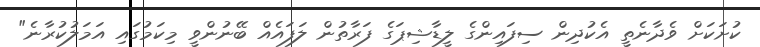
ކުށަކަށް ވެދާނެތީ އެކުދިން ސިފައިންގެ ލީޑާޝިޕަގެ ފަރާތުން ލަފައެއް ބޭނުންވީ މިކަމުގައި އަމަލުކުރާނެ"